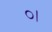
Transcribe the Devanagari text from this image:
०।